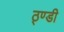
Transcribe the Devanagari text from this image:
ठ्ण्डी